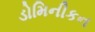
ડોમિનીકન